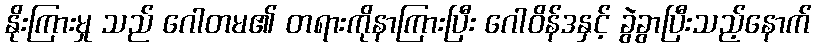
နိုးကြားမှု သည် ဂေါတမ၏ တရားကိုနာကြားပြီး ဂေါဝိန်ဒနှင့် ခွဲခွာပြီးသည့်နောက်